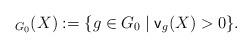
LaTeX: \begin{align*}_{G_0}(X) := \{g \in G_0 \mid \mathsf{v}_g(X) > 0\}.\end{align*}